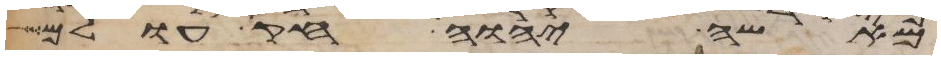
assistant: מאשי יהוה חק עולם